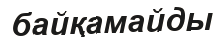
байқамайды